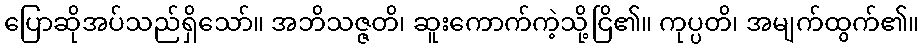
ပြောဆိုအပ်သည်ရှိသော်။ အဘိသဇ္ဇတိ၊ ဆူးကောက်ကဲ့သို့ငြိ၏။ ကုပ္ပတိ၊ အမျက်ထွက်၏။